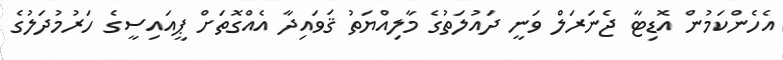
އެހެންކަމުން އޮޑިޓާ ޖެނަރަލް ވަނީ ދައުލަތުގެ މާލިއްޔަތު ޤަވައިދާ އެއްގޮތަށް ޕީއައިސީގެ ހަރުމުދަލުގެ